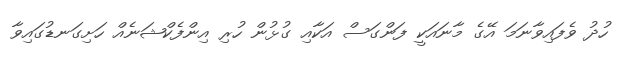
ހުދު ވެފައިވާނަމަ އޭގެ މާނައަކީ ފަންގަސް އަކާއި ގުޅުން ހުރި އިންފެކްޝަނެއް ހަށިގަނޑުގައިވާ